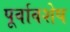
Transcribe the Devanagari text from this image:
पूर्वावशेष